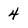
Character: 4